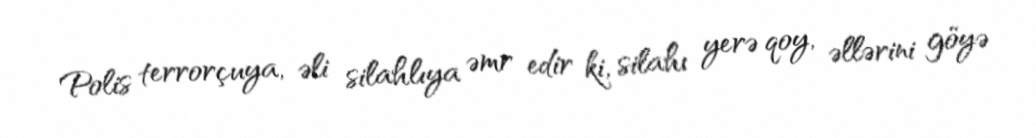
Polis terrorçuya, əli silahlıya əmr edir ki, silahı yerə qoy, əllərini göyə